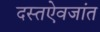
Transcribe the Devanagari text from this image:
दस्तऐवजांत